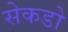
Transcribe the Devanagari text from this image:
सेकडो